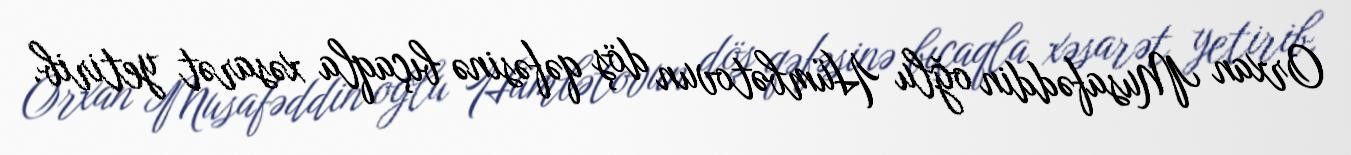
Orxan Musafəddin oğlu Hümbətovun döş qəfəsinə bıçaqla xəsarət yetirib.